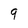
Character: 9